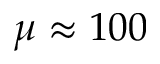
\mu \approx 1 0 0